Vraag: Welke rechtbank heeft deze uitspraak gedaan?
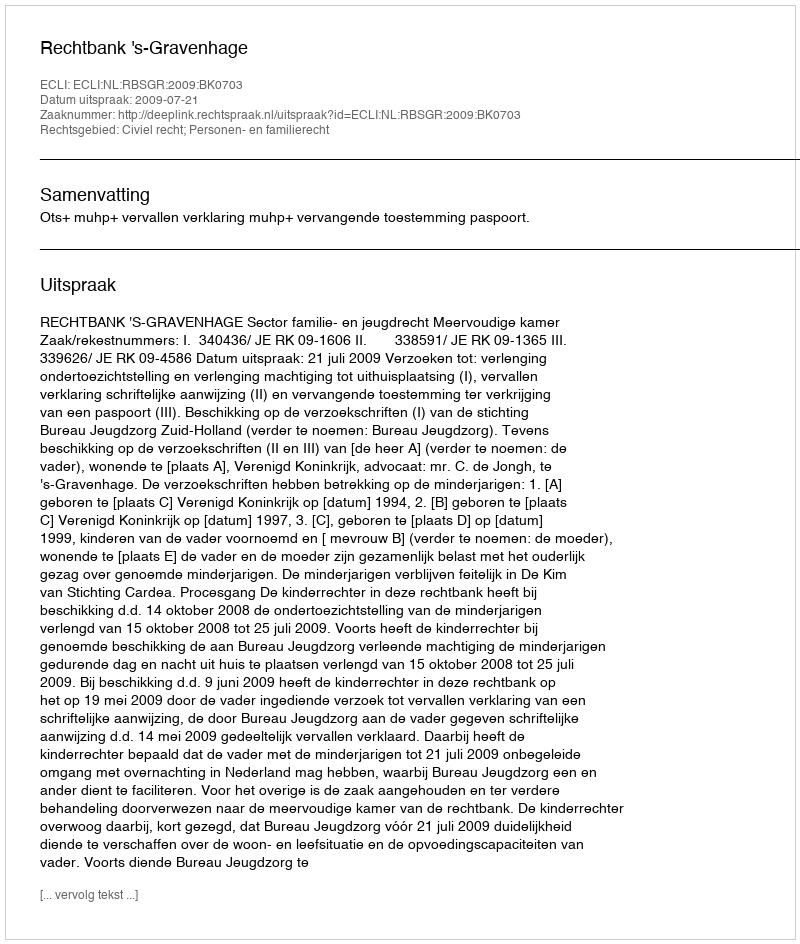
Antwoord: Rechtbank 's-Gravenhage